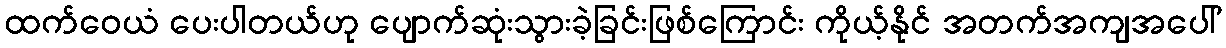
ထက်ဝေယံ ပေးပါတယ်ဟု ပျောက်ဆုံးသွားခဲ့ခြင်းဖြစ်ကြောင်း ကိုယ့်နိုင် အတက်အကျအပေါ်